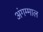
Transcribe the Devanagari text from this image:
अंगम्माल